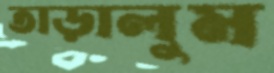
তাড়ালুম